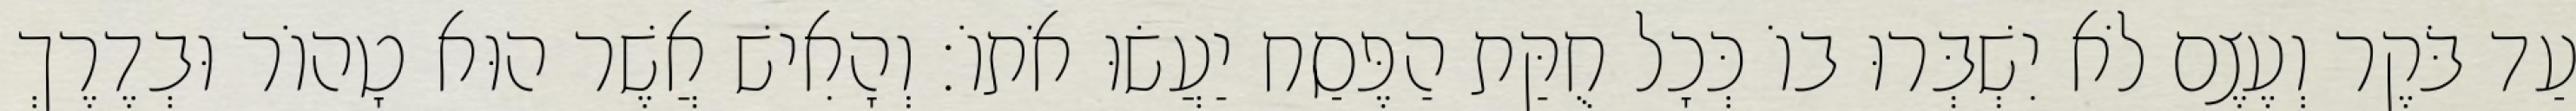
עַד בֹּקֶר וְעֶצֶם לֹא יִשְׁבְּרוּ בוֹ כְּכָל חֻקַּת הַפֶּסַח יַעֲשׂוּ אֹתוֹ׃ וְהָאִישׁ אֲשֶׁר הוּא טָהוֹר וּבְדֶרֶךְ